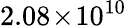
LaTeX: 2.08\! \times\! 10^{10}